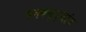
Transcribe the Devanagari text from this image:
पक्वमृद्भांड